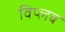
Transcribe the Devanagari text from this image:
विप्लब